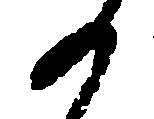
る